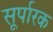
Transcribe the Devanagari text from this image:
सूर्पारक